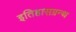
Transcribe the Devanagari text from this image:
इतिहासग्रन्थ